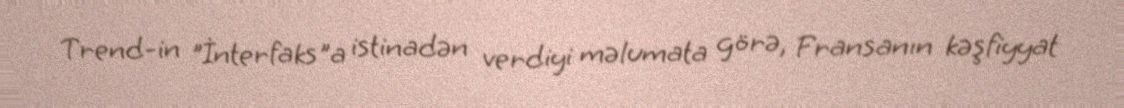
Trend-in "İnterfaks"a istinadən verdiyi məlumata görə, Fransanın kəşfiyyat